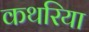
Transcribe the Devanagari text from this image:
कथरिया